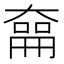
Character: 𪥜